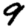
Digit: 9